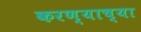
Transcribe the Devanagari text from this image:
करण्‍याच्‍या